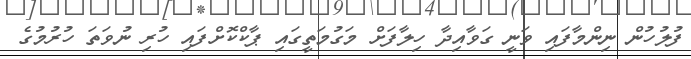
ފުލުހުން ނިންމާފައި ވަނީ ގަވާއިދާ ހިލާފަށް މަގުމަތީގައި ޕާކްކޮށްފައި ހުރި ނުވަތަ ހުރުމުގެ